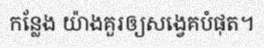
កន្លែង យ៉ាងគួរឲ្យសង្វេគបំផុត។